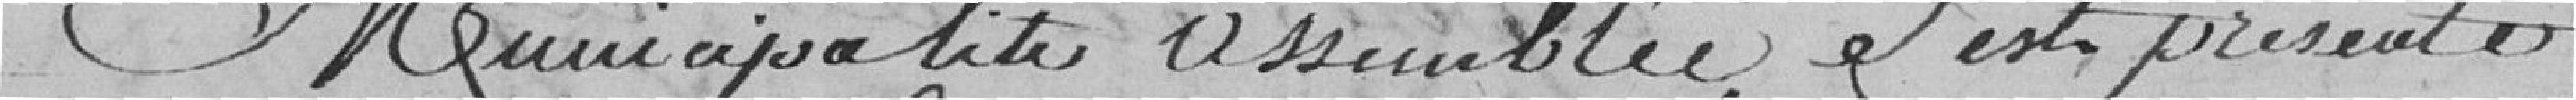
La municipalité assemblée s'est présenté